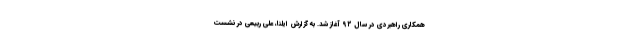
همکاری راهبردی در سال ۹۲ آغاز شد. به گزارش ایلنا، علی ربیعی در نشست